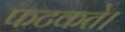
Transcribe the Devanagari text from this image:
फटकते।